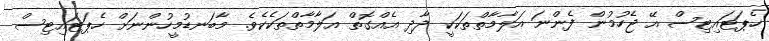
ހެޕަޓައިޓިސް އޭ ޖެހުމުން ފެންނަ އަލާމާތްތަކަކީ ދާދި އެއްގޮތް އަލާމާތްތަކެކެވެ. މާބަނޑުމީހުންނަށް ހެޕަޓައިޓިސް